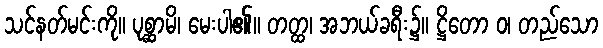
သင်နတ်မင်းကို။ ပုစ္ဆာမိ၊ မေးပါ၏။ တတ္ထ၊ အဘယ်ခရီး၌။ ဋ္ဌိတော ဝ၊ တည်သော